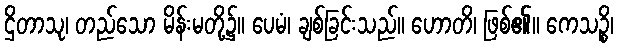
ဌိတာသု၊ တည်သော မိန်းမတို့၌။ ပေမံ၊ ချစ်ခြင်းသည်။ ဟောတိ၊ ဖြစ်၏။ ကေသဉ္စိ၊